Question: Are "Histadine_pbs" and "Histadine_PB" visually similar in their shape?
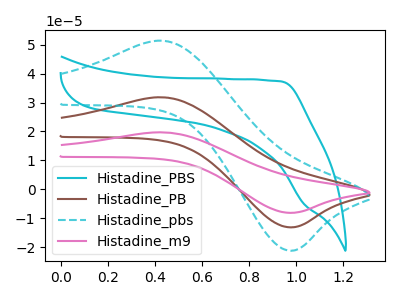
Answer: <think>The cyan curve "Histadine_PBS" has no peaks. The brown curve "Histadine_PB" has an anodic peak at (0.45V, 31.85uA) and a cathodic peak at (0.95V, -13.10uA). The cyan dashed curve "Histadine_pbs" has an anodic peak at (0.45V, 51.40uA) and a cathodic peak at (0.95V, -21.20uA). The pink curve "Histadine_m9" has an anodic peak at (0.45V, 63.65uA) and a cathodic peak at (0.95V, -26.25uA).
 All the peaks in "Histadine_pbs" have a peak in "Histadine_PB" at the same potential. Every peak in "Histadine_pbs" is higher than every peak in "Histadine_PB".</think>
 <answer>"Histadine_pbs" and "Histadine_PB" are similar in shape.</answer>
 <eval>same_shape</eval>